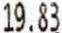
19.83